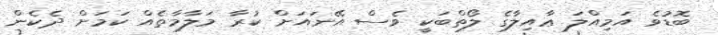
ބޮޑުވެ އަމިއްލަ ޢާއިލާގެ ލޯތްބަކީ ވެސް އޭނައަށް ކުރާ މަލާމާތެއް ކަމަށް ދެކެން